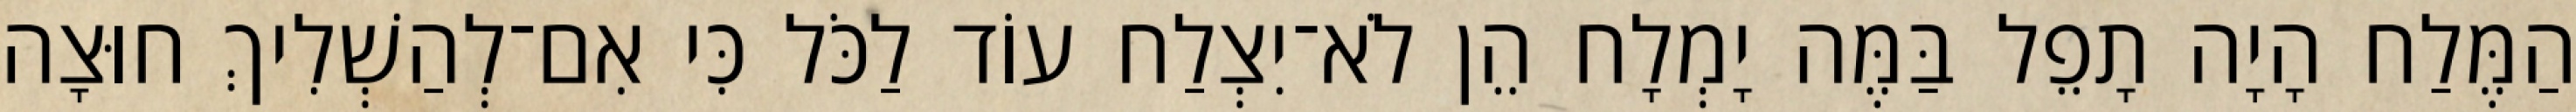
הַמֶּלַח הָיָה תָפֵל בַּמֶּה יָמְלָח הֵן לֹא־יִצְלַח עוֹד לַכֹּל כִּי אִם־לְהַשְׁלִיךְ חוּצָה